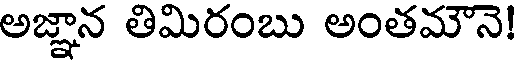
అజ్ఞాన తిమిరంబు అంతమౌనె!